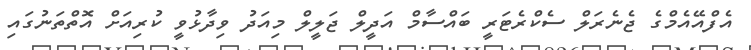
އެފްއޭއެމްގެ ޖެނެރަލް ސެކްރެޓަރީ ބައްސާމް އަދީލް ޖަލީލް މިއަދު ވިދާޅުވީ ކުރިއަށް އޮތްތަނުގައި